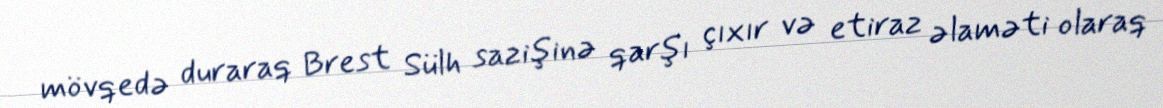
mövqedə duraraq Brest Sülh sazişinə qarşı çıxır və etiraz əlaməti olaraq